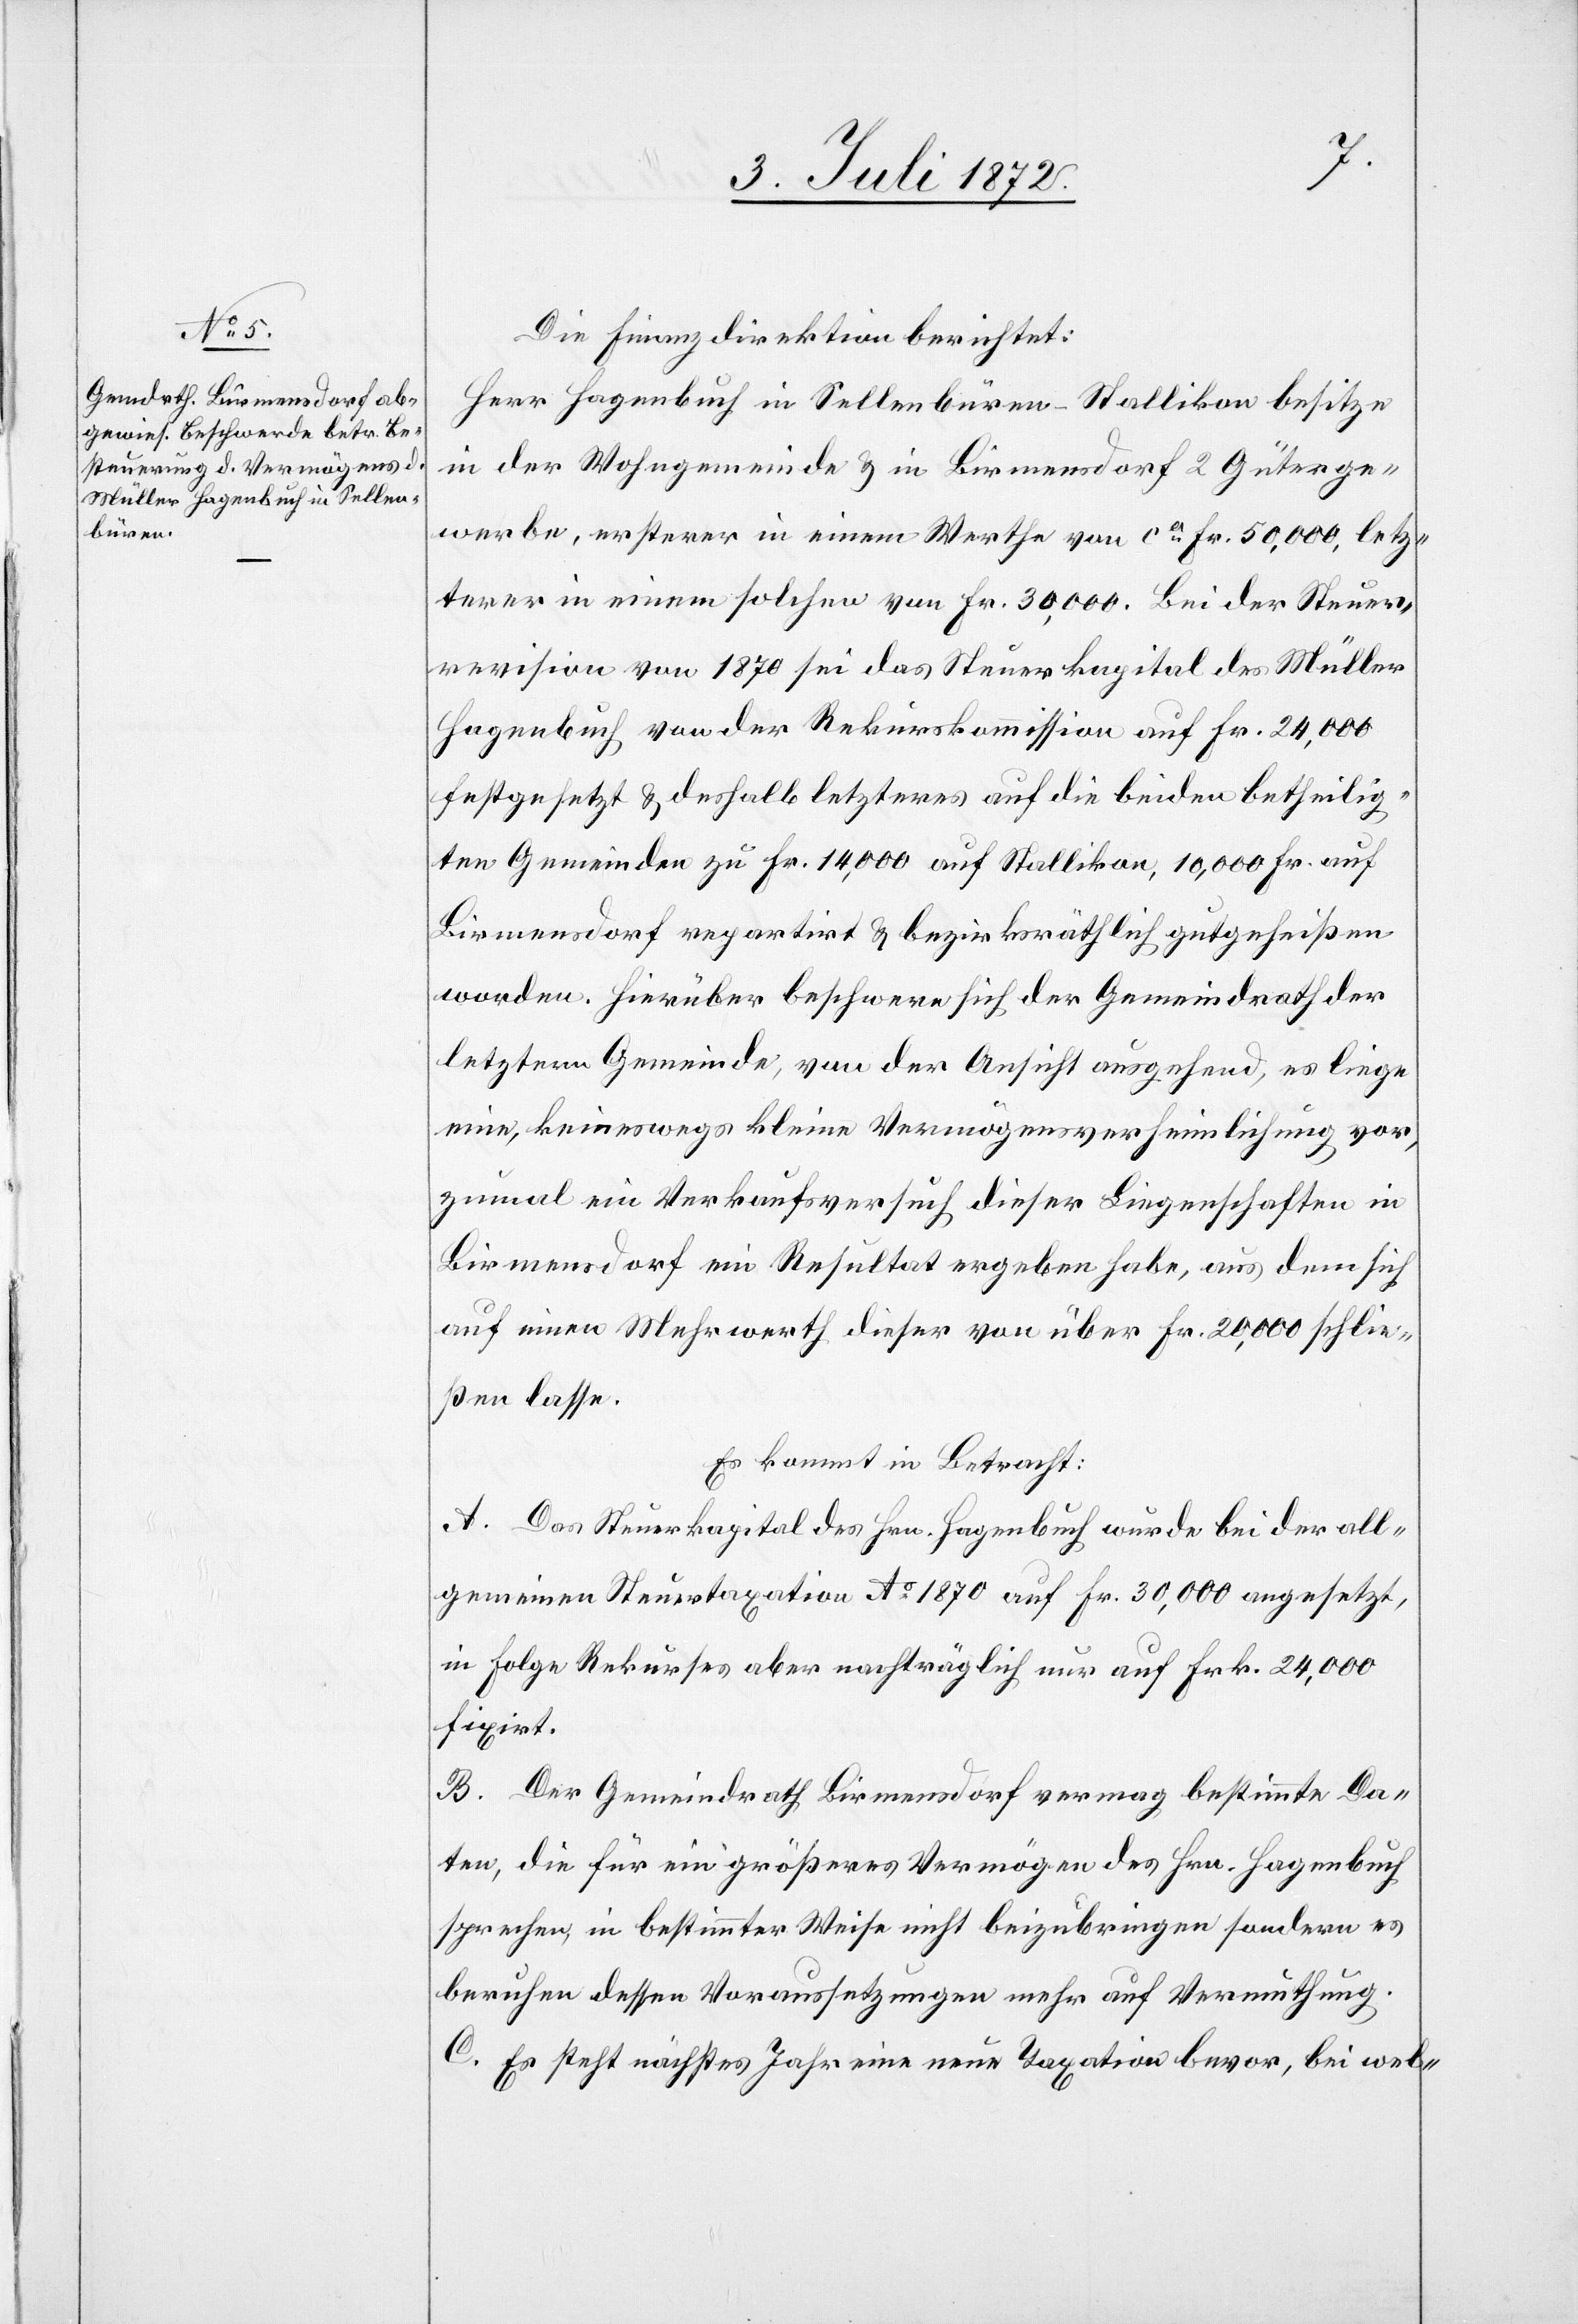
Die Finanzdirektion berichtet:
Herr Hagenbuch in Sellenbüren-Stallikon besitze
in der Wohngemeinde u. in Birmensdorf 2 Güterge¬
werbe, ersterer in einem Werthe von ca Fr. 50,000, letz¬
terer in einem solchen von Fr. 30,000. Bei der Steuer¬
revision von 1870 sei das Steuerkapital des Müller
Hagenbuch von der Rekurskommission auf Fr. 24,000
festgesetzt u. deshalb letzteres auf die beiden betheilig¬
ten Gemeinden zu Fr. 14,000 auf Stallikon, 10,000 Fr. auf
Birmensdorf repartirt u. bezirksräthlich gutgeheißen
worden. Hierüber beschwere sich der Gemeindrath der
letztern Gemeinde, von der Ansicht ausgehend, es liege
eine, keineswegs kleine Vermögensverheimlichung vor,
zumal ein Verkaufsversuch dieser Liegenschaften in
Birmensdorf ein Resultat ergeben habe, aus dem sich
auf einen Mehrwerth dieser von über Fr. 20,000 schlie¬
ßen lasse.
Es kommt in Betracht:
A. Das Steuerkapital des Hrn. Hagenbuch wurde bei der all¬
gemeinen Steuertaxation Ao 1870 auf Fr. 30,000 angesetzt,
in Folge Rekurses aber nachträglich nur auf Frk. 24,000
fixirt.
B. Der Gemeindrath Birmensdorf vermag bestimmte Da¬
ten, die für ein größeres Vermögen des Hrn. Hagenbuch
sprechen, in bestimmter Weise nicht beizubringen sondern es
beruhen dessen Voraussetzungen mehr auf Vermuthung.
C. Es steht nächstes Jahr eine neue Taxation bevor, bei wel-